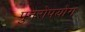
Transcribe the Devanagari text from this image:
पुनरोपयोग